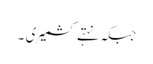
جبکہ نہتے کشمیری ۔